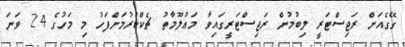
ގޭގެއަށް ރަޖިސްޓަރީ ލިބުމުން ރަޖިސްޓަރީގައިވާ މަޢުލޫމާތު ޗެކްކުރުމަށްފަހު މި މަހުގެ 24 ވަނަ